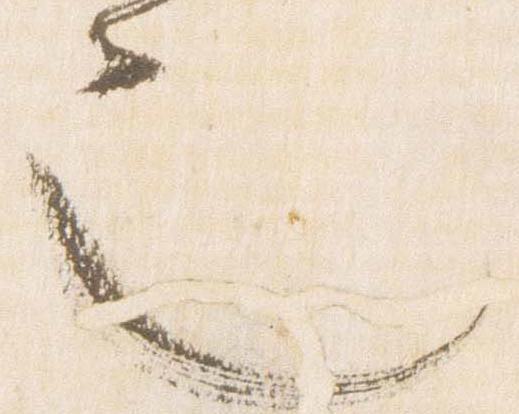
也